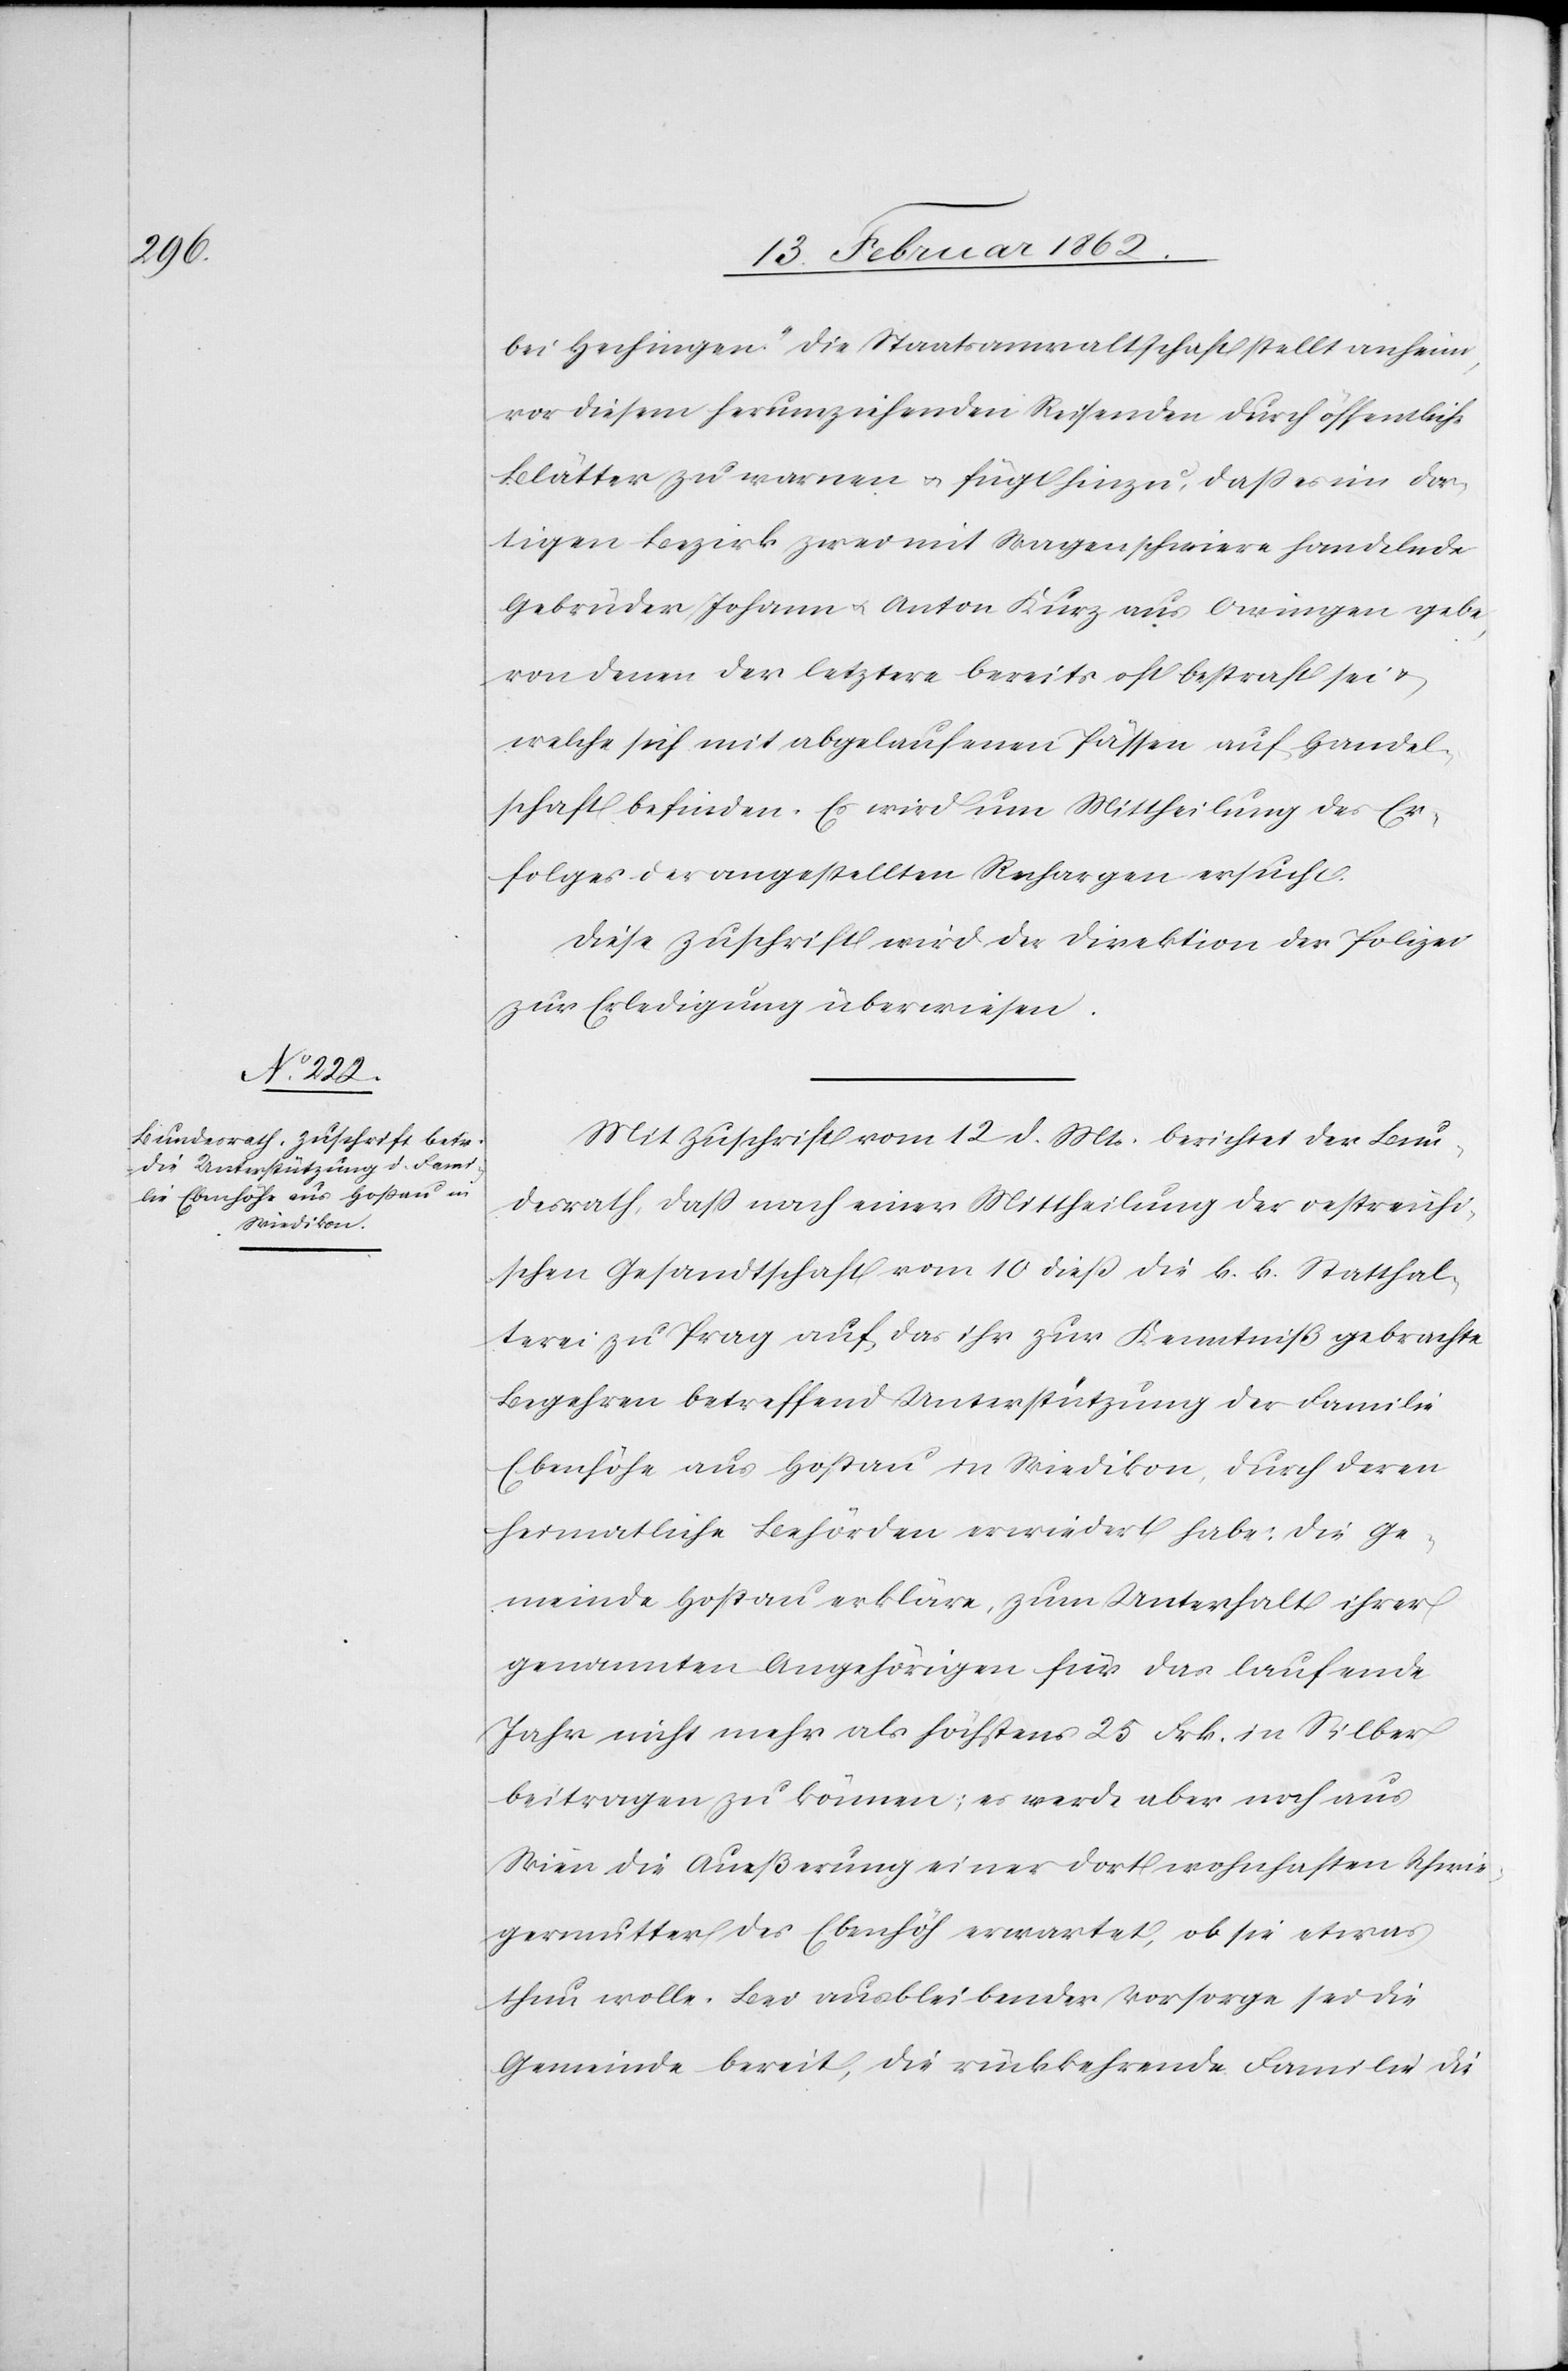
14. Februar 1862.]
bei Hechingen.“ Die Staatsanwaltschaft stellt anheim,
vor diesem herumziehenden Reisenden durch öffentliche
Blätter zu warnen u. fügt hinzu, daß es im dor¬
tigen Bezirk zwar mit Wagenschmiere handelnde
Gebrüder Johann u. Anton Kurz aus Owingen gebe,
von denen der letztere bereits oft bestraft sei u.
welche sich mit abgelaufenen Pässen auf Handel¬
schaft befinden. Es wird um Mittheilung des Er¬
folges der angestellten Rechargen ersucht.
Diese Zuschrift wird der Direktion der Polizei
zur Erledigung überwiesen.
Mit Zuschrift vom 12 d. Mts. berichtet der Bun¬
desrath, daß nach einer Mittheilung der oestreichi¬
schen Gesandtschaft vom 10 dieß die k. k. Statthal¬
terei zu Prag auf das ihr zur Kenntniß gebrachte
Begehren betreffend Unterstützung der Familie
Ebenhöhe aus Hoßau in Wiedikon, durch deren
heimatliche Behörden erwiedert habe: die Ge¬
meinde Hoßau erkläre, zum Unterhalt ihrer
genannten Angehörigen für das laufende
Jahr nicht mehr als höchstens 25 Frk. in Silber
beitragen zu können; es werde aber noch aus
Wien die Aeußerung einer dort wohnhaften Schwie¬
germutter des Ebenhöh erwartet, ob sie etwas
thun wolle. Bei ausbleibender Vorsorge sei die
Gemeinde bereit, die rückkehrende Familie die